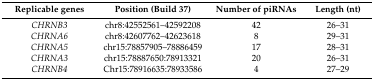
| Replicable genes | Position (Build 37) | Number of piRNAs | Length (nt) |
 | --- | --- | --- | --- |
 | CHRNB3 | chr8:42552561–42592208 | 42 | 26–31 |
 | CHRNA6 | chr8:42607762–42623618 | 8 | 29–31 |
 | CHRNA5 | chr15:78857905–78886459 | 17 | 28–31 |
 | CHRNA3 | chr15:78887650:78913321 | 20 | 26–31 |
 | CHRNB4 | Chr15:78916635:78933586 | 4 | 27–29 |